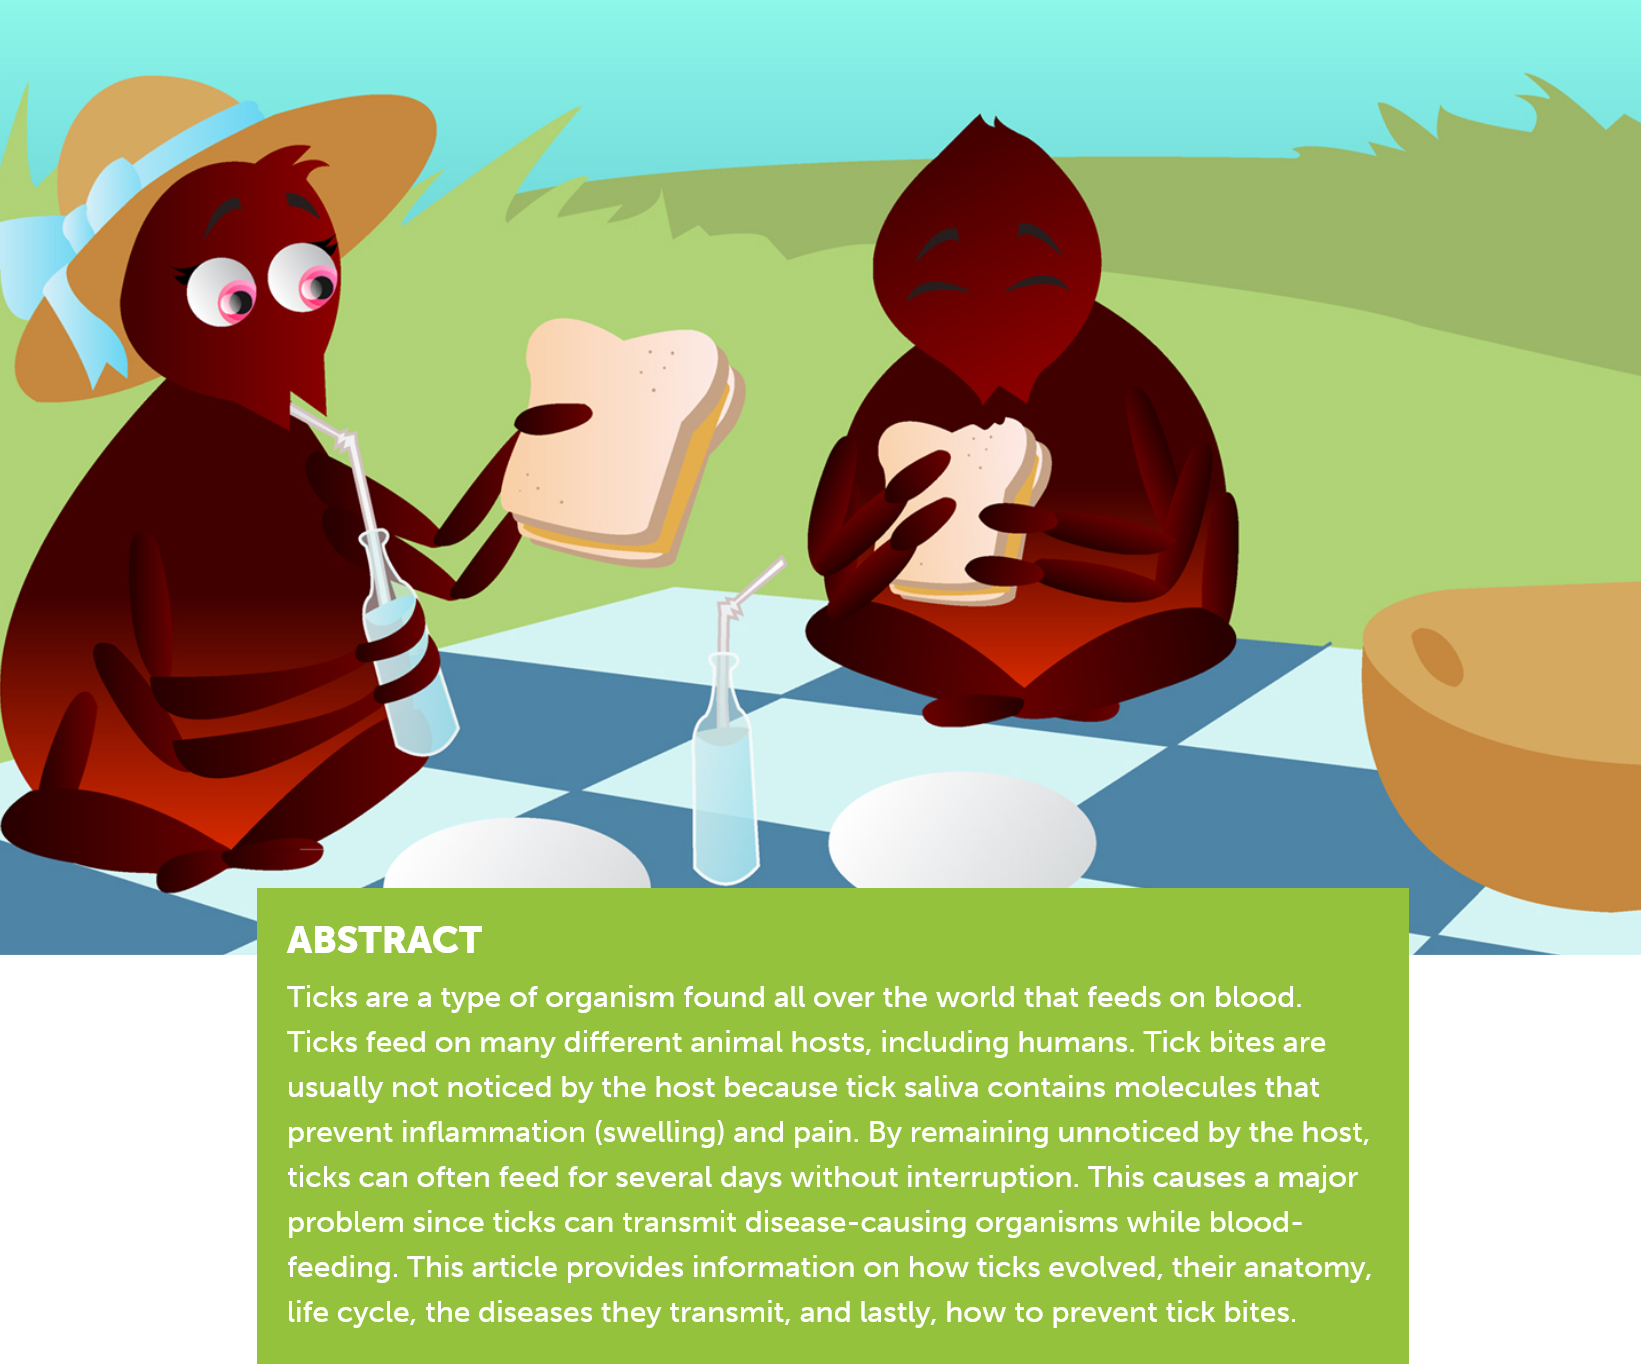
ABSTRACT
     Ticks are a type of organism found all over the world that feeds on blood.
     Ticks feed on many different animal hosts, including humans. Tick bites are
     usually not noticed by the host because tick saliva contains molecules that
     prevent inflammation (swelling) and pain. By remaining unnoticed by the host,
     ticks can often feed for several days without interruption. This causes a major
     problem since ticks can transmit disease-causing organisms while blood-
     feeding. This article provides information on how ticks evolved, their anatomy,
     life cycle, the diseases they transmit, and lastly, how to prevent tick bites.